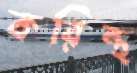
করিন্থ